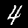
Digit: 4